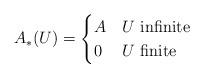
LaTeX: \begin{align*} A_\ast(U)=\begin{cases} A & U \mbox{ infinite}\\ 0 & U \mbox{ finite} \end{cases}\end{align*}